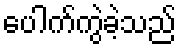
ပေါက်ကွဲခဲ့သည်